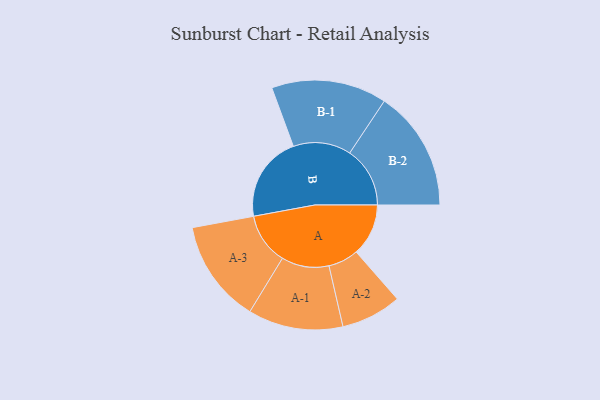
{"axis": {"x": "Segment", "y": "Value"}, "legend": ["", "A", "B"], "data": [{"x": "A", "y": 245, "type": ""}, {"x": "B", "y": 403, "type": ""}, {"x": "A-1", "y": 223, "type": "A"}, {"x": "A-2", "y": 142, "type": "A"}, {"x": "A-3", "y": 242, "type": "A"}, {"x": "B-1", "y": 271, "type": "B"}, {"x": "B-2", "y": 283, "type": "B"}]}